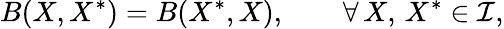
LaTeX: B(X,X^{\ast})=B(X^{\ast},X),\qquad\forall\, X,\, X^{\ast}\in\mathcal{I},